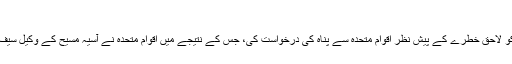
08/11/2018 ظفر سلطان n/b Views
آسیہ مسیح کے وکیل سیف الملوک نے اپنی جان کو لاحق خطرے کے پیش نظر اقوام متحدہ سے پناہ کی درخواست کی، جس کے نتیجے میں اقوام متحدہ نے آسیہ مسیح کے وکیل سیف الملوک کو پناہ دی اور اب وہ ہالینڈ میں مقیم ہے۔